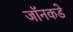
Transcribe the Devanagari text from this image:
जॉनकडे